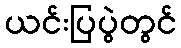
ယင်းပြပွဲတွင်